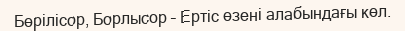
Бөрілісор, Борлысор – Ертіс өзені алабындағы көл.